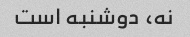
نه، دوشنبه است